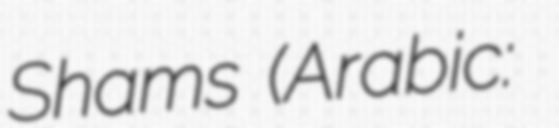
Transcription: Shams (Arabic: صخر